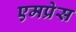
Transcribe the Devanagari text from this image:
एमप्रेस